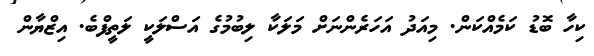
ކިހާ ބޮޑު ކަމެއްކަން. މިއަދު އަހަރެންނަށް މަލަކާ ލިބުމުގެ އަސްލަކީ ލަތީފްބެ. އިޒްޔާން